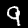
Digit: 9